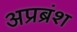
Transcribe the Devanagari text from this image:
अप्रब्रंश